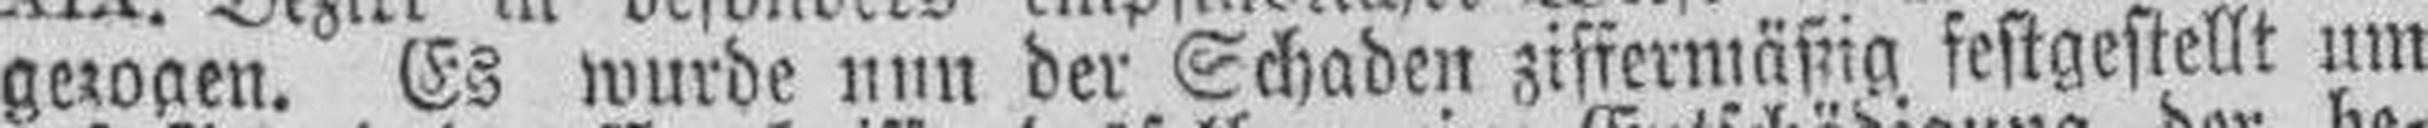
gezogen. Es wurde nun der Schaden ziffermäßig festgestellt um